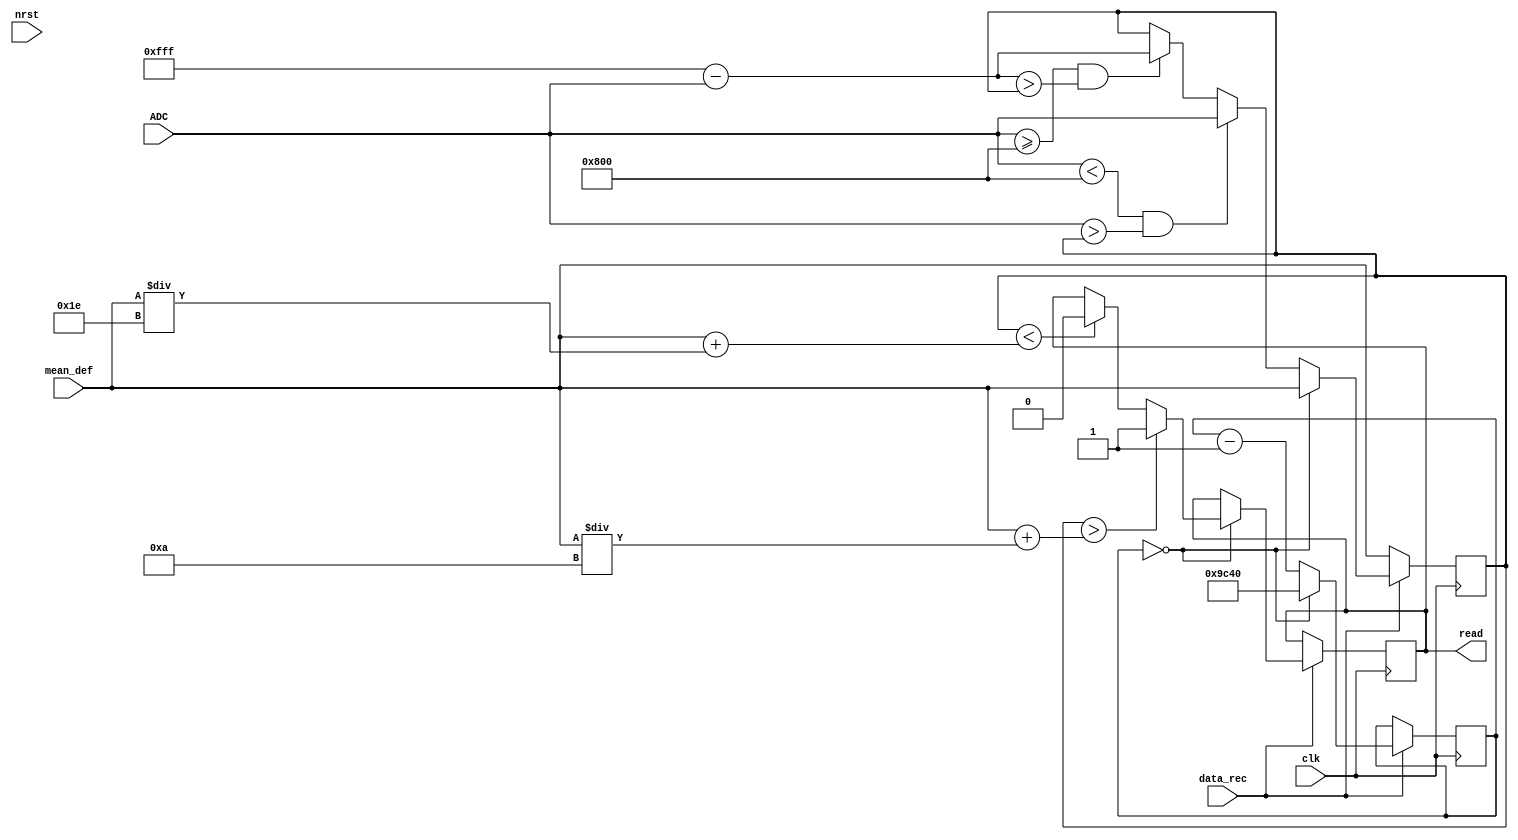
`timescale 1ps/1ps

module ReadData (
	input wire clk,
	input wire nrst,
	input wire data_rec,
	input wire [11:0] ADC,
	input wire [11:0] mean_def,
	output wire read
	);

	reg [19:0] clk_cycles = 20'h9C40;
	reg read_reg = 0;
	reg [11:0] highest = 0;
	

	always @(posedge clk)begin
		if(data_rec)begin
			if(clk_cycles == 20'h0)begin
				highest <= mean_def;
				clk_cycles <= 20'h9C40;
				
				if(highest > (mean_def + mean_def/10))begin
					read_reg <= 1;
				end
				else if (highest < (mean_def + mean_def/30))begin
					read_reg <= 0;
				end
			end
			else begin
				clk_cycles <= clk_cycles - 1;
				if(ADC < 12'h800 && ADC > highest)begin
					highest <= ADC;
				end
				else if(ADC >= 12'h800 && 12'hFFF - ADC > highest)begin
                	highest <= 12'hFFF - ADC;
            	end
			end
		end
		else begin
			highest <= mean_def;
		end
	end
	assign read = read_reg;
endmodule